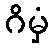
ဂိမှံ